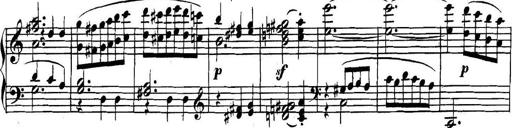
Title: Collected Piano Sonatas
Composer: Muzio Clementi